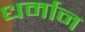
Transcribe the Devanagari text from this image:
धर्मान